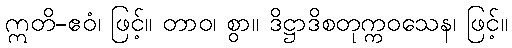
ဣတိ-ဧဝံ၊ ဖြင့်။ တာဝ၊ စွာ။ ဒိဋ္ဌာဒိစတုက္ကဝသေန၊ ဖြင့်။